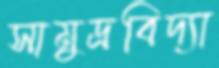
সামুদ্রবিদ্যা